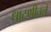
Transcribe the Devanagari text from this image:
धाटणीतले